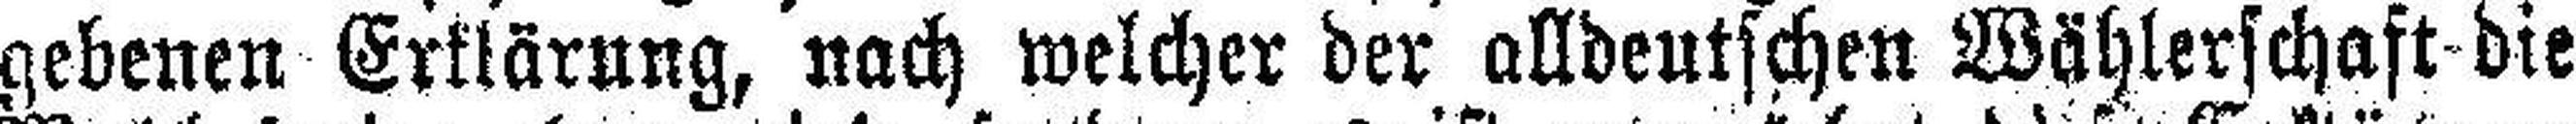
gebenen Erklärung, nach welcher der alldeutschen Wählerschaft die